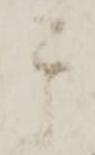
其